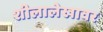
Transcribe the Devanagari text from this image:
शीलालेखावर